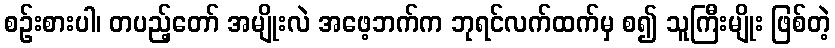
စဉ်းစားပါ၊ တပည့်တော် အမျိုးလဲ အဖေ့ဘက်က ဘုရင်လက်ထက်မှ စ၍ သူကြီးမျိုး ဖြစ်တဲ့